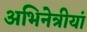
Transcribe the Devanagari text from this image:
अभिनेत्रीयां